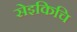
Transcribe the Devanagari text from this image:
सेइकिचि